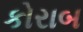
કોરાબ